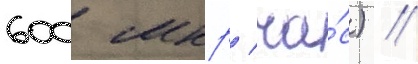
600 мкр/ ча́с) //